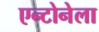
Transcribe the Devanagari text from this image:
एन्टोनेला